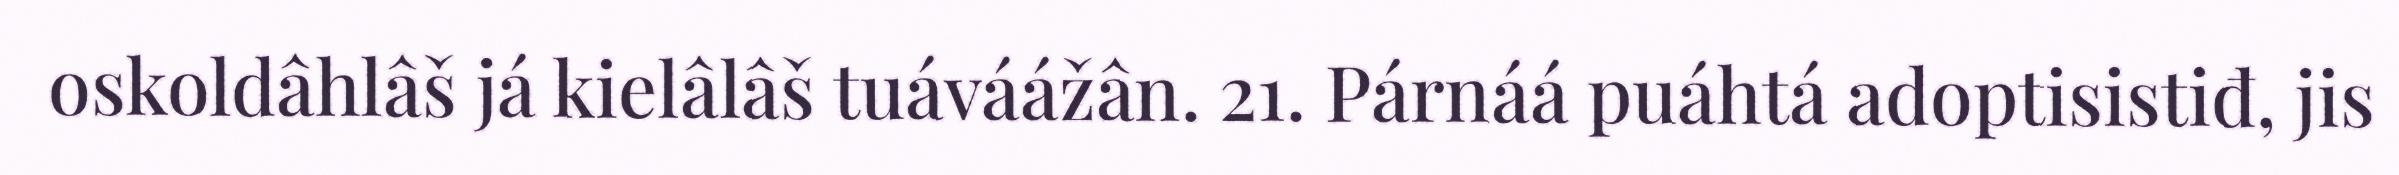
oskoldâhlâš já kielâlâš tuáváážân. 21. Párnáá puáhtá adoptisistiđ, jis